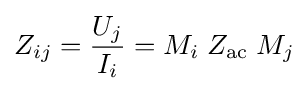
Z_{ij}={\frac {U_{j}}{I_{i}}}=M_{i}\;Z_{\text{ac}}\;M_{j}